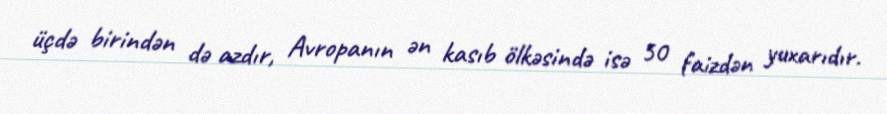
üçdə birindən də azdır, Avropanın ən kasıb ölkəsində isə 50 faizdən yuxarıdır.